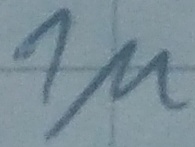
Text: 1µ